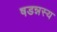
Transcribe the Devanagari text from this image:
षडन्नस्य